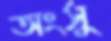
অংসু